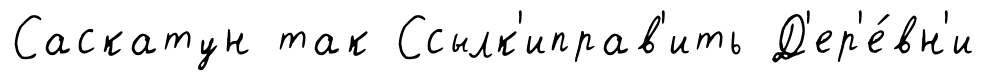
Саскатун так Ссылк'иправ'ить Д'ер'е́вн'и